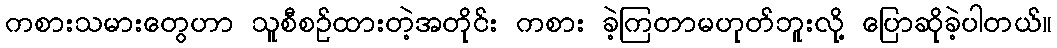
ကစားသမားတွေဟာ သူစီစဉ်ထားတဲ့အတိုင်း ကစား ခဲ့ကြတာမဟုတ်ဘူးလို့ ပြောဆိုခဲ့ပါတယ်။